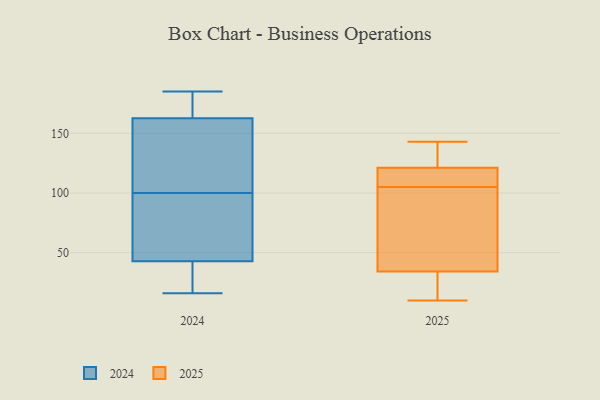
{"axis": {"x": "Net Income (USD K)", "y": "Value"}, "legend": ["2024", "2025"], "data": [{"x": "", "y": 173, "type": "2024"}, {"x": "", "y": 81, "type": "2024"}, {"x": "", "y": 176, "type": "2024"}, {"x": "", "y": 16, "type": "2024"}, {"x": "", "y": 185, "type": "2024"}, {"x": "", "y": 30, "type": "2024"}, {"x": "", "y": 132, "type": "2024"}, {"x": "", "y": 85, "type": "2024"}, {"x": "", "y": 100, "type": "2024"}, {"x": "", "y": 27, "type": "2024"}, {"x": "", "y": 130, "type": "2024"}, {"x": "", "y": 143, "type": "2025"}, {"x": "", "y": 105, "type": "2025"}, {"x": "", "y": 66, "type": "2025"}, {"x": "", "y": 143, "type": "2025"}, {"x": "", "y": 111, "type": "2025"}, {"x": "", "y": 32, "type": "2025"}, {"x": "", "y": 41, "type": "2025"}, {"x": "", "y": 10, "type": "2025"}, {"x": "", "y": 28, "type": "2025"}, {"x": "", "y": 124, "type": "2025"}, {"x": "", "y": 113, "type": "2025"}]}